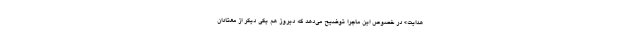
هدایت» در خصوص این ماجرا توضیح می‌دهد که دیروز هم یکی دیگر از معتادان